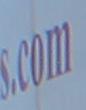
com